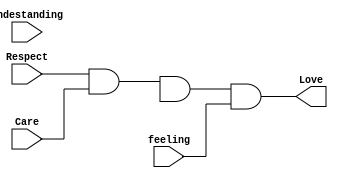
module love(
  input Care,
  input Undestanding,
  input feeling,
  input Respect,
  output reg Love);

// Dataflow modelling
always@(*) begin
Love <= Respect && Care && Understanding && feeling;
end
endmodule